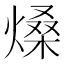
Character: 𤌧